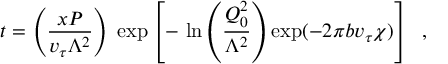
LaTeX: t = \left( \frac { x P } { v _ { \tau } \Lambda ^ { 2 } } \right) \; \exp \left[ - \, \ln \left( \frac { Q _ { 0 } ^ { 2 } } { \Lambda ^ { 2 } } \right) \exp ( - 2 \pi b v _ { \tau } \chi ) \right] \; \; ,